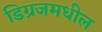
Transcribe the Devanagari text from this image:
डिग्रजमधील